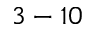
3 - 1 0